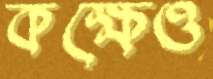
কক্ষেও